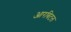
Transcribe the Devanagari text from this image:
आरबिटल